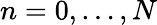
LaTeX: n=0,\ldots,N